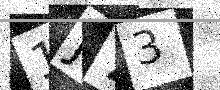
Text: 1J73